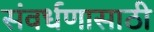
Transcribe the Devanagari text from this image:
संवर्धणासाठी